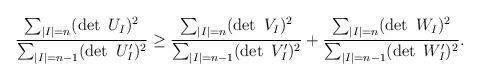
LaTeX: \begin{align*}\frac{\sum_{|I|=n}(\det\ U_I)^2}{\sum_{|I|=n-1}(\det\ U'_I)^2}\ge\frac{\sum_{|I|=n}(\det\ V_I)^2}{\sum_{|I|=n-1}(\det\ V'_I)^2}+\frac{\sum_{|I|=n}(\det\ W_I)^2}{\sum_{|I|=n-1}(\det\ W'_I)^2}.\end{align*}